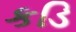
કડિ